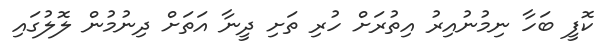
ކޮފީ ބަހާ ނިމުނުއިރު އިތުރަށް ހުރި ތަށި ދީނާ އަތަށް ދިނުމުން ލޮލުގައި